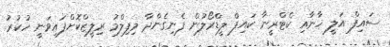
ސައިފް އަލީ ޚާނާއި ކެޓްރީނާ ކައިފް ލީޑްރޯލުން ފެނިގެންދާ މިފިލްމު ރިލީޒްކޮށްފައިވަނީ ހުކުރު